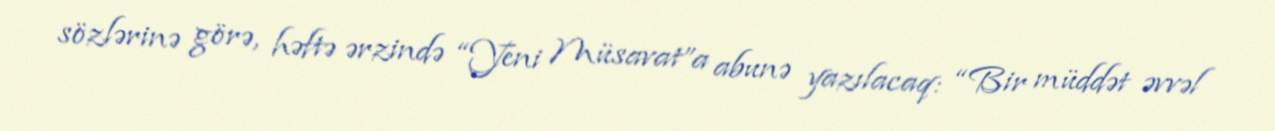
sözlərinə görə, həftə ərzində “Yeni Müsavat”a abunə yazılacaq: “Bir müddət əvvəl